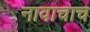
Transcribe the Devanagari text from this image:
नावाचाच